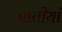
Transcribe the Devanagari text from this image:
जातीयां